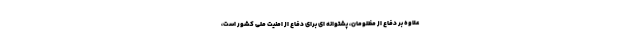
علاوه بر دفاع از مظلومان، پشتوانه ای برای دفاع از امنیت ملی کشور است،